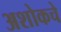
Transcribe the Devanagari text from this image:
अशोकचे